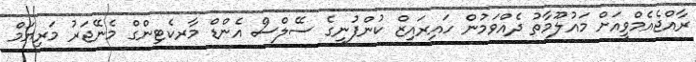
ރާއްޖެއެމްވީއަށް މައުލޫމާތު ދެއްވަމުން ހައިރައިޒް ކުންފުނީގެ ސޭލްސް އެންޑް މާރކެޓިންގް މެނޭޖަރު މަރިޔަމް